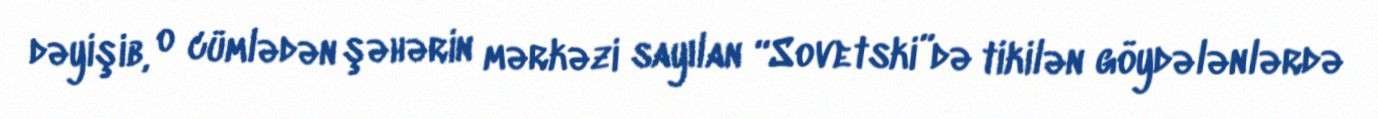
dəyişib, o cümlədən şəhərin mərkəzi sayılan “Sovetski”də tikilən göydələnlərdə